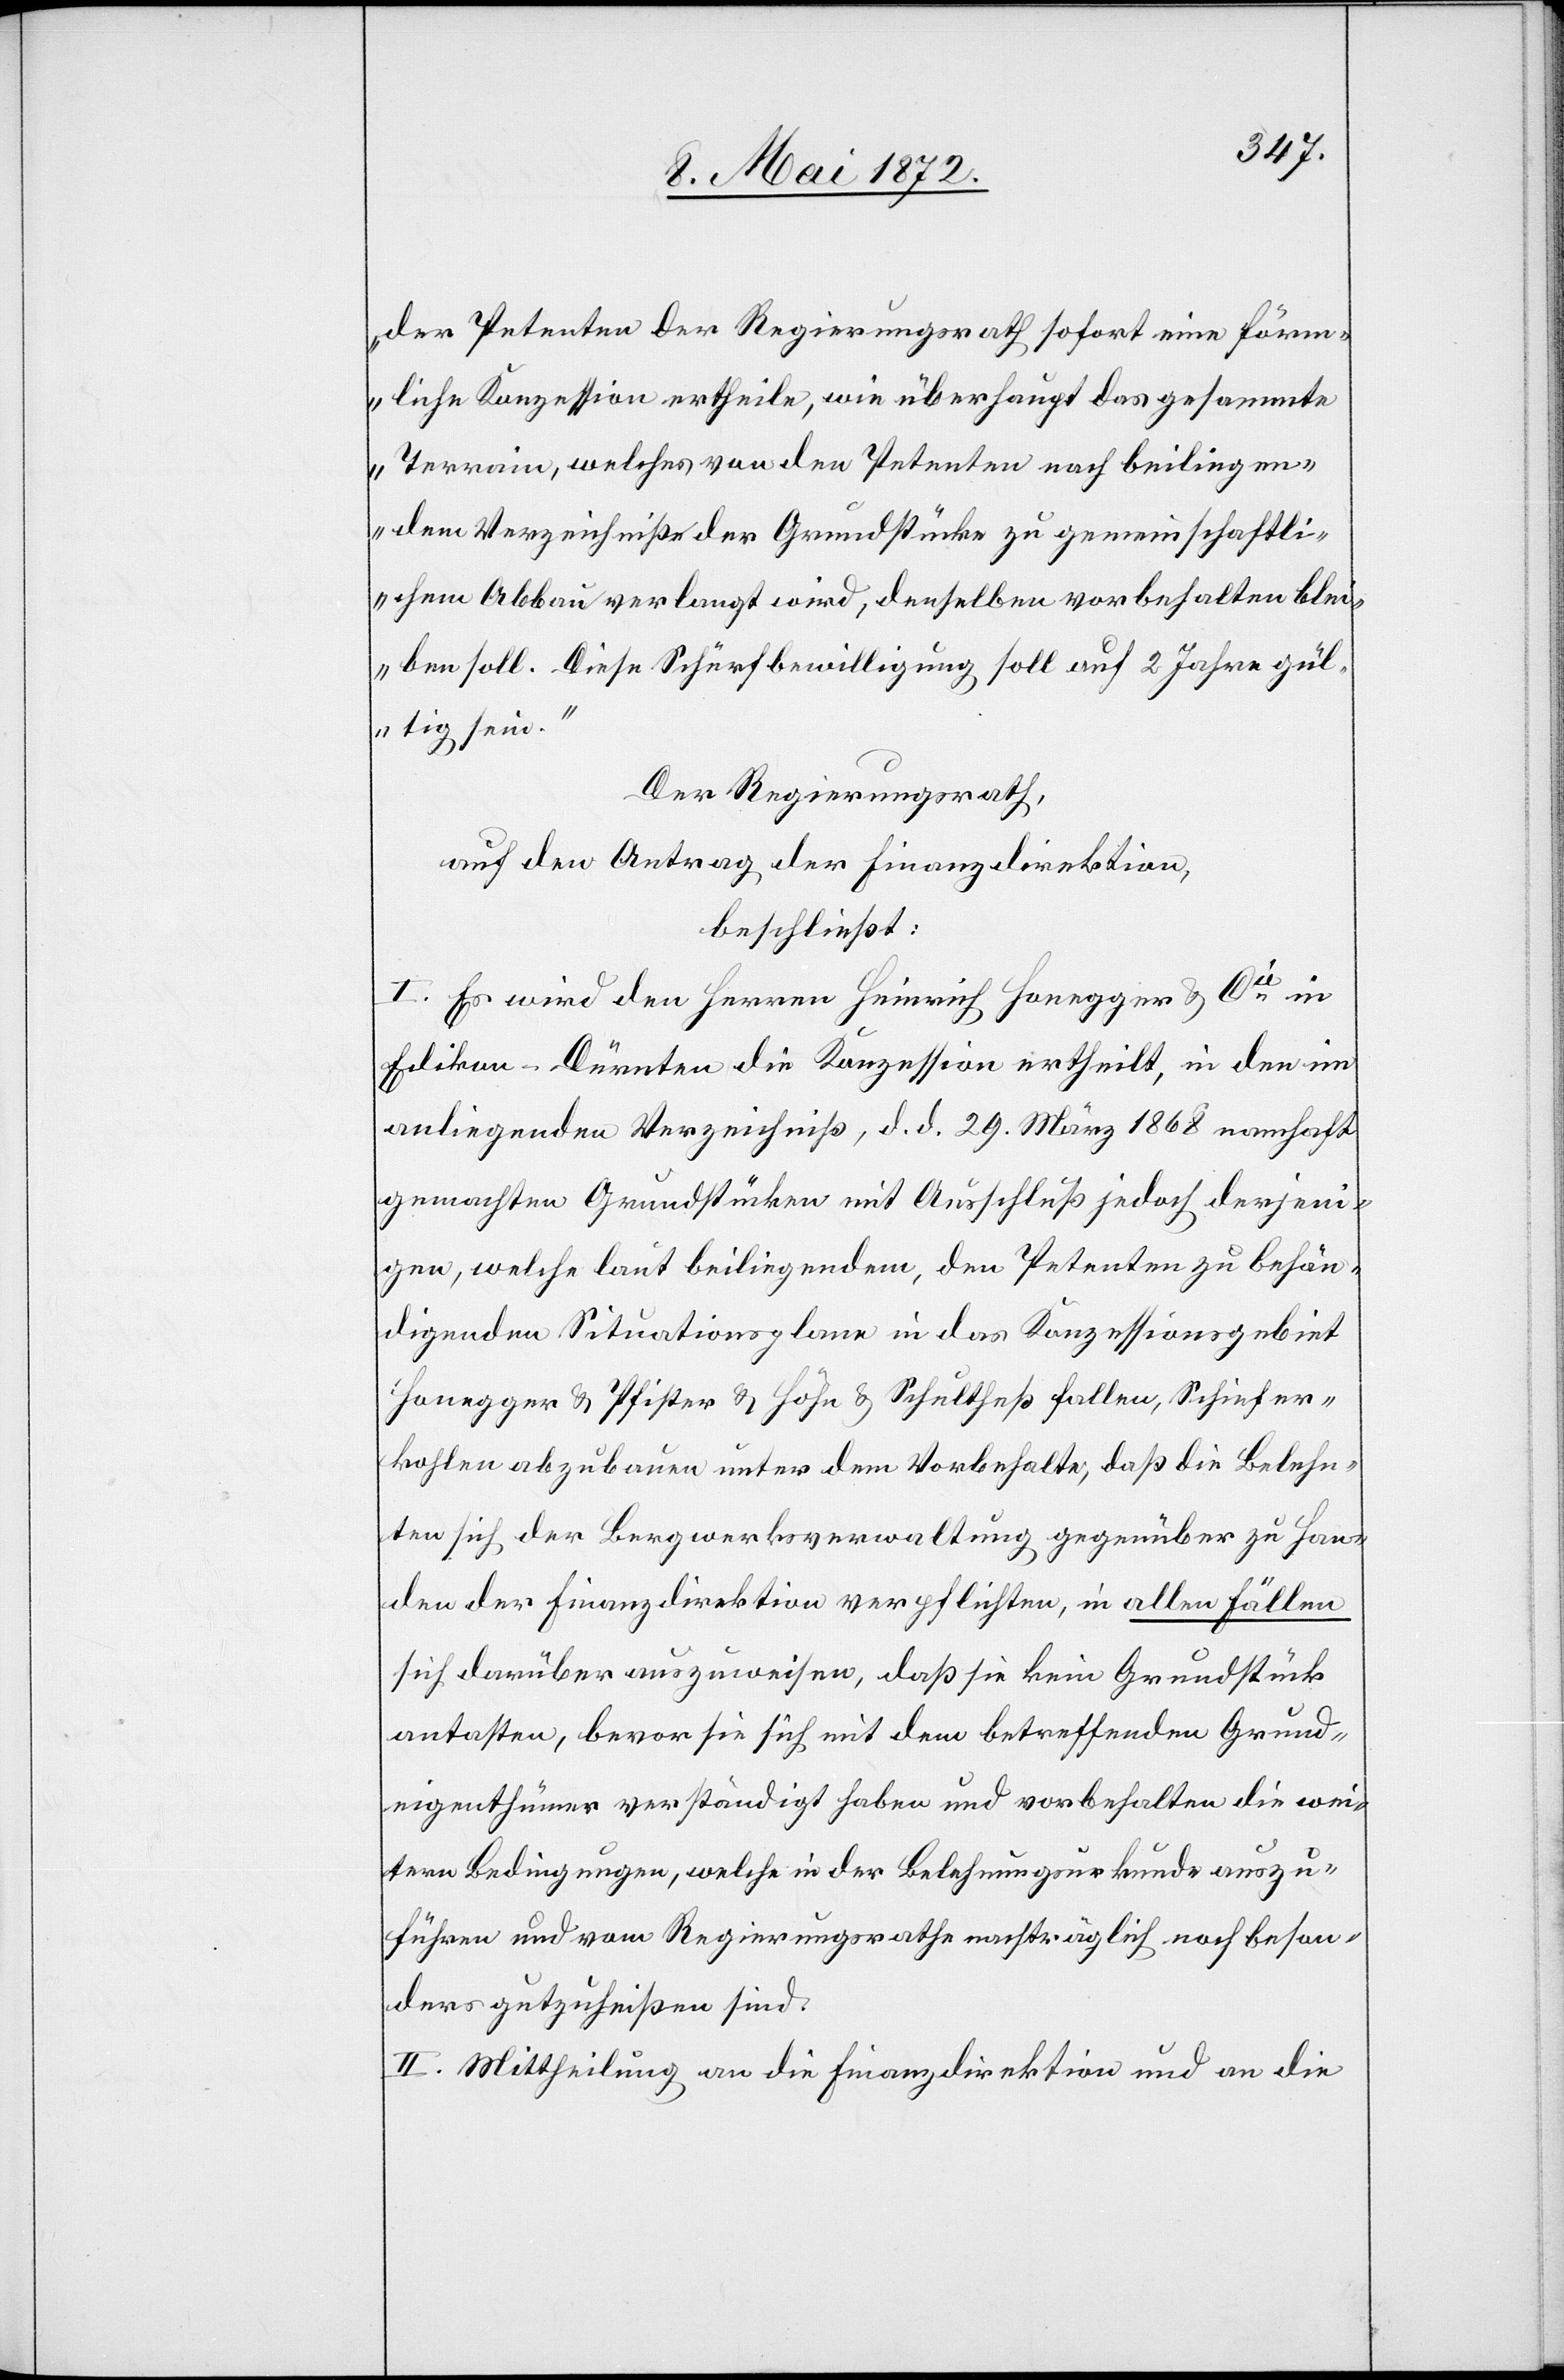
der Petenten der Regierungsrath sofort eine förm¬
liche Konzession ertheile, wie überhaupt das gesammte
Terrain, welches von den Petenten nach beiliegen¬
dem Verzeichniße der Grundstücke zu gemeinschaftli¬
chem Abbau verlangt wird, denselben vorbehalten blei¬
ben soll. Diese Schürfbewilligung soll auf 2 Jahre gül¬
tig sein.“
Der Regierungsrath,
auf den Antrag der Finanzdirektion,
beschließt:
I. Es wird den Herren Heinrich Honegger u. Cie in
Edikon-Dürnten die Konzession ertheilt, in den im
anliegenden Verzeichniß, d. d. 29. März 1868 namhaft
gemachten Grundstücken mit Ausschluß jedoch derjeni¬
gen, welche laut beiliegendem, den Petenten zu behän¬
digenden Situationsplane in das Konzessionsgebiet
Honegger u. Pfister u. Höhn u. Schultheß fallen, Schiefer¬
kohlen abzubauen unter dem Vorbehalte, daß die Belehn¬
ten sich der Bergwerksverwaltung gegenüber zu Han¬
den der Finanzdirektion verpflichten, in allen Fällen
sich darüber auszuweisen, daß sie kein Grundstück
antasten, bevor sie sich mit dem betreffenden Grund¬
eigenthümer verständigt haben und vorbehalten die wei¬
tern Bedingungen, welche in der Belehnungsurkunde auszu¬
führen und vom Regierungsrathe nachträglich noch beson¬
ders gutzuheißen sind.
II. Mittheilung an die Finanzdirektion und an die